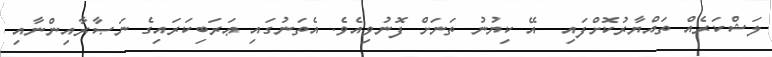
ލަޝްކަރެއް ތައްޔާރުކޮށްފައި  އޭ ކިޔުނު ތަނަށް ފޮނުވިއެވެ. އެތަނުގައި ޢަރަބިކަރައިގެ ނަޞާރާއިންނާއި